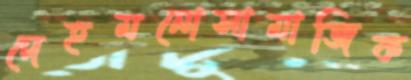
দেহমনোসামাজিক